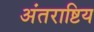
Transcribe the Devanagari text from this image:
अंतराष्टिय